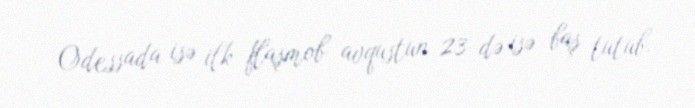
Odessada isə ilk flaşmob avqustun 23-də isə baş tutub.